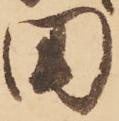
田